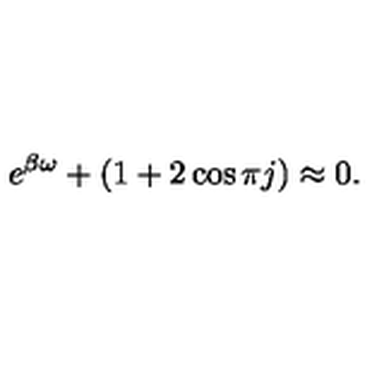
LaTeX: e ^ { \beta \omega } + ( 1 + 2 \cos \pi j ) \approx 0 .